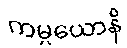
ကမ္မယောနိ